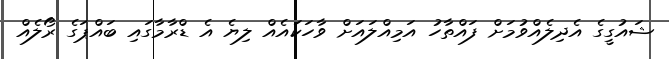
ޝައުގީގެ އެދިލެއްވުމަށް ފައްތާހު އަމިއްލައަށް ވާހަކައެއް ލިޔެ އެ ޑްރާމާގައި ބައްޕަގެ ރޯލެއް